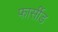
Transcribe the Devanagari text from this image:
फार्सीड